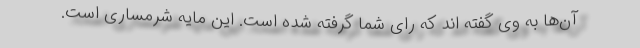
آن‌ها به وی گفته اند که رای شما گرفته شده است. این مایه شرمساری است.